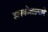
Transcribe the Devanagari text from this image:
ज्ञानकोशाप्रमाणे